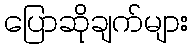
ပြောဆိုချက်များ